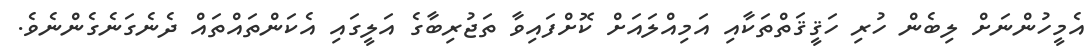
އެމީހުންނަށް ލިބެން ހުރި ހަޤީޤަތްތަކާއި އަމިއްލައަށް ކޮށްފައިވާ ތަޖުރިބާގެ އަލީގައި އެކަންތައްތައް ދެނެގަނެގެންނެވެ.